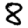
Digit: 8